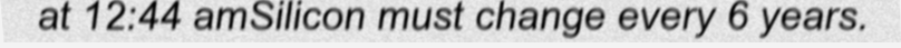
at 12:44 amSilicon must change every 6 years.